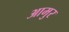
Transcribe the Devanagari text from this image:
आमुर